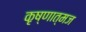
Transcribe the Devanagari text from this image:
कृष्णात्मज